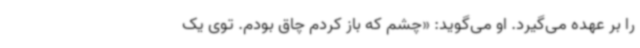
را بر عهده می‌گیرد. او می‌گوید: «چشم که باز کردم چاق بودم. توی یک